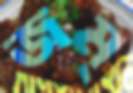
জম্